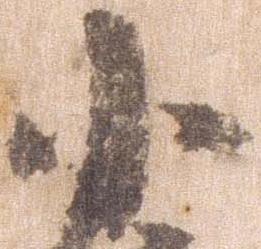
小